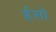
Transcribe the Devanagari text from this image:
ईसो